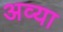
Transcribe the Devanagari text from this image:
अव्या